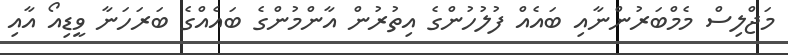
މަޖްލިސް މެމްބަރުންނާއި ބައެއް ފުލުހުންގެ އިތުރުން އާންމުންގެ ބައެއްގެ ބަރަހަނާ ވީޑިއޯ އާއި